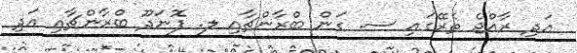
އަދި ރާއްޖެ ތެރޭގައި ސ. ގަން ބްރާންޗާއި ލ. ފޮނަދޫ ބްރާންޗާއި އަދި